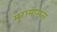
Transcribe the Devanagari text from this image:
मुरामासस